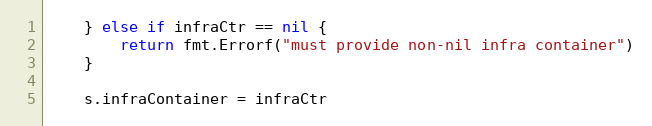
Language: Go
	} else if infraCtr == nil {
		return fmt.Errorf("must provide non-nil infra container")
	}

	s.infraContainer = infraCtr